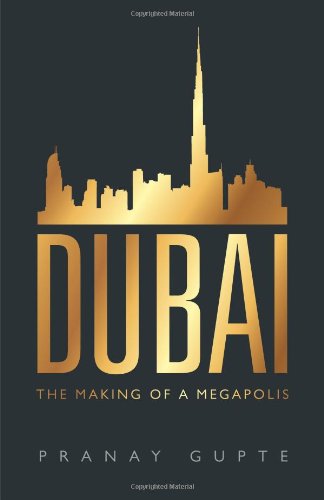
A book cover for Dubai: The Making of a Megapolis; Pranay Gupte; History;